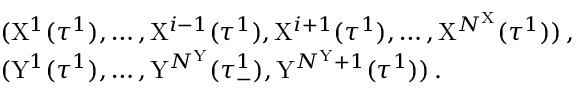
\begin{array} { r l } & { ( \mathrm { X } ^ { 1 } ( \tau ^ { 1 } ) , \dots , \mathrm { X } ^ { i - 1 } ( \tau ^ { 1 } ) , \mathrm { X } ^ { i + 1 } ( \tau ^ { 1 } ) , \dots , \mathrm { X } ^ { N ^ { \mathrm { X } } } ( \tau ^ { 1 } ) ) \, , } \\ & { ( \mathrm { Y } ^ { 1 } ( \tau ^ { 1 } ) , \dots , \mathrm { Y } ^ { N ^ { \mathrm { Y } } } ( \tau _ { - } ^ { 1 } ) , \mathrm { Y } ^ { N ^ { \mathrm { Y } } + 1 } ( \tau ^ { 1 } ) ) \, . } \end{array}